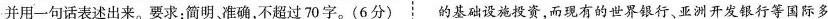
并用一句话表述出来。要求：简明，准确，不超过70字。(6分) 的基础设施投资，而现有的世界银行、亚洲开发银行等国际多